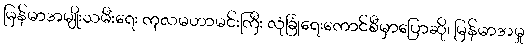
မြန်မာအမျိုးသမီးရေး ကုလမဟာမင်းကြီး လုံခြုံရေးကောင်စီမှာပြောဆို၊ မြန်မာအမှု